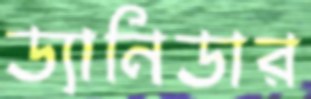
ড্যানিডার